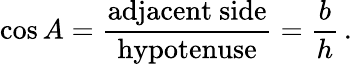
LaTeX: \cos A={\frac{\mathrm{adjacent~side}}{\mathrm{hypotenuse}}}={\frac{b}{h}}\, .